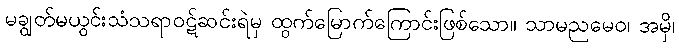
မချွတ်မယွင်းသံသရာဝဋ်ဆင်းရဲမှ ထွက်မြောက်ကြောင်းဖြစ်သော။ သာမညမေဝ၊ အမှိ၊